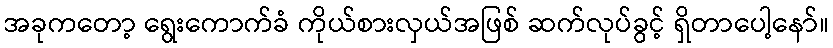
အခုကတော့ ရွေးကောက်ခံ ကိုယ်စားလှယ်အဖြစ် ဆက်လုပ်ခွင့် ရှိတာပေါ့နော်။